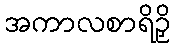
အကာလစာရိဉှိ